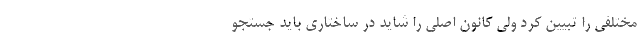
مختلفی را تبیین کرد ولی کانونِ اصلی را شاید در ساختاری باید جستجو